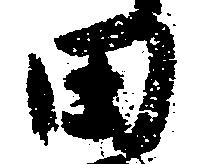
田